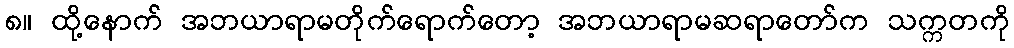
၈။ ထို့နောက် အဘယာရာမတိုက်ရောက်တော့ အဘယာရာမဆရာတော်က သက္ကတကို